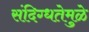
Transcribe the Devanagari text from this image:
संदिग्धतेमुळे